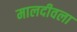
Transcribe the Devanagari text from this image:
मालदीवला